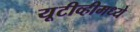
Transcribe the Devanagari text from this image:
यूटीव्हीमध्ये